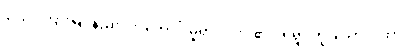
၄၂၃။ ကြားမြင်နည်းပါး၊ ကောင်းမှုရှား၊ လား၏ ငရဲရွာ ဟူူသော ဂါထာ၊